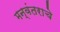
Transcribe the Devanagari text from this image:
मन्वंतराचे